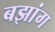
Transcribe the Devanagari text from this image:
बझांग